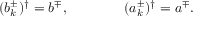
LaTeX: ( b _ { k } ^ { \pm } ) ^ { \dag } = b ^ { \mp } , \qquad \qquad ( a _ { k } ^ { \pm } ) ^ { \dag } = a ^ { \mp } .